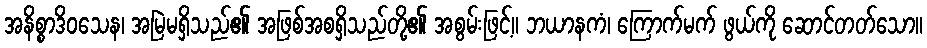
အနိစ္စာဒိဝသေန၊ အမြဲမရှိသည်၏ အဖြစ်အစရှိသည်တို့၏ အစွမ်းဖြင့်။ ဘယာနကံ၊ ကြောက်မက် ဖွယ်ကို ဆောင်တတ်သော။